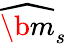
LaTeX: \widehat{\b{m}}_{s}